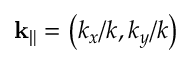
\mathbf { k } _ { \| } = \left( k _ { x } / k , k _ { y } / k \right)